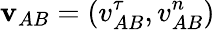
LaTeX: \mathbf{v}_{AB}=(v_{AB}^{\tau},v_{AB}^{n})